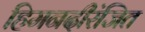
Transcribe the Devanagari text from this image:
हिमनदीरंजित